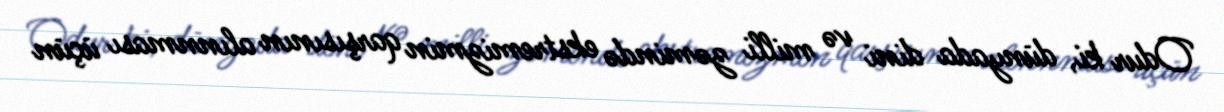
Odur ki, dünyada dini və milli zəmində ekstremizmin qarşısının alınnması üçün